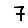
Digit: 7